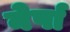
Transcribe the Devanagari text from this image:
नेर्पा